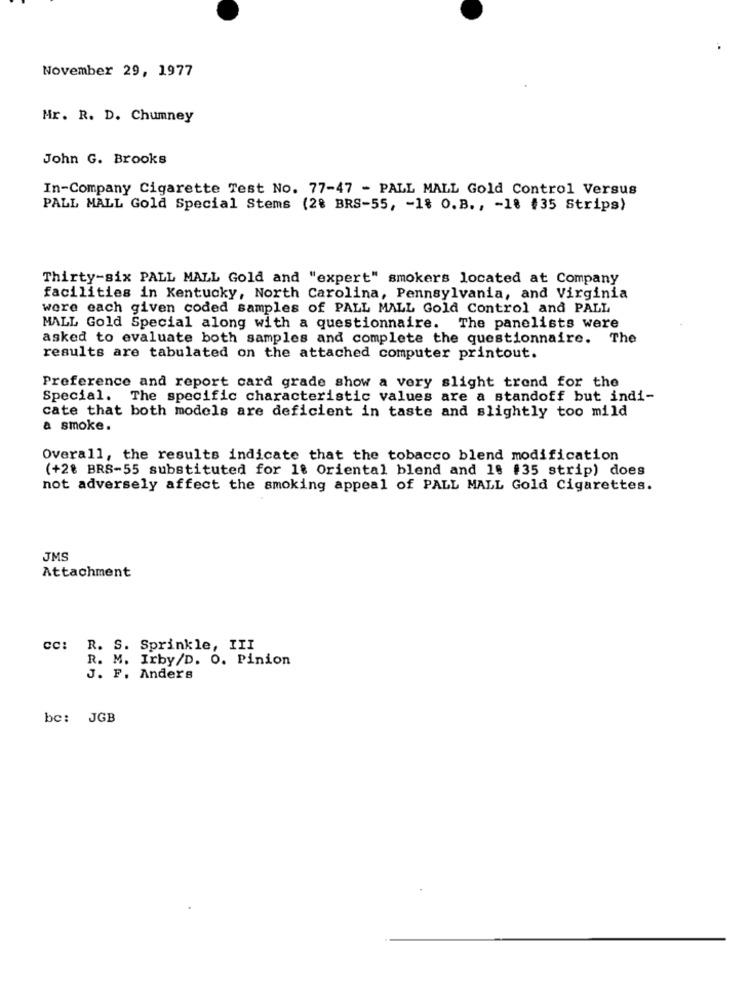
November 29, 1977
Mr. R. D. Chumney
John G. Brooks
In-Company Cigarette Test No. 77-47 - PALL MALL Gold Control Versus
PALL MALL Gold Special Stems (28 BRS-55, - 18 O.B ., - 18 #35 Strips)
Thirty-six PALL MALL Gold and "expert" smokers located at Company
facilities in Kentucky, North Carolina, Pennsylvania, and Virginia
were each given coded samples of PALL MALL Gold Control and PALL
MALL Gold Special along with a questionnaire. The panelists were
asked to evaluate both samples and complete the questionnaire. The
results are tabulated on the attached computer printout.
Preference and report card grade show a very slight trend for the
Special. The specific characteristic values are a standoff but indi-
cate that both models are deficient in taste and slightly too mild
a smoke.
Overall, the results indicate that the tobacco blend modification
(+28 BRS-55 substituted for 1% Oriental blend and 18 #35 strip) does
not adversely affect the smoking appeal of PALL MALL Gold Cigarettes.
JMS
Attachment
Cc: R. S. Sprinkle, III
R. M. Irby/D. O. Pinion
J. F. Anders
bc: JGB